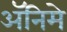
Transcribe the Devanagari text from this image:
ॲनिमे